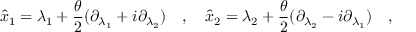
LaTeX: \hat { x } _ { 1 } = \lambda _ { 1 } + \frac { \theta } { 2 } ( \partial _ { \lambda _ { 1 } } + i \partial _ { \lambda _ { 2 } } ) \quad , \quad \hat { x } _ { 2 } = \lambda _ { 2 } + \frac { \theta } { 2 } ( \partial _ { \lambda _ { 2 } } - i \partial _ { \lambda _ { 1 } } ) \quad ,